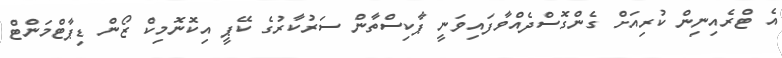
އެ ޓްރެއިނިން ކުރިއަށް ގެންގޮސްދެއްވާފައިވަނީ ޕާކިސްތާން ސަރުކާރުގެ ކޭޕީ އިކޮނޮމިކް ޒޯން ޑިޕާޓްމަންޓް